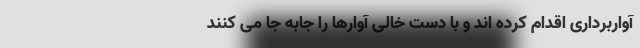
آواربرداری اقدام کرده اند و با دست خالی آوارها را جابه جا می کنند